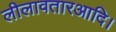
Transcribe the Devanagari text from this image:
लीलावतारआदि।